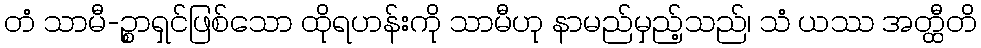
တံ သာမီ-ဉ္စာရှင်ဖြစ်သော ထိုရဟန်းကို သာမီဟု နာမည်မှည့်သည်၊ သံ ယဿ အတ္ထီတိ